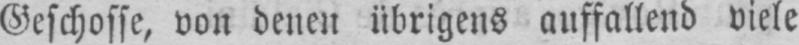
Geschosse, von denen übrigens auffallend viele